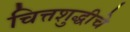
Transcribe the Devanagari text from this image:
चित्तशुद्धीचे